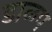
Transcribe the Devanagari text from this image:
डाळप